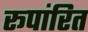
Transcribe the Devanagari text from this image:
रूपांरित